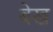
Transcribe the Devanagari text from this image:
बेख